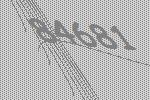
84681